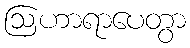
ဩဟာရာပေတွာ